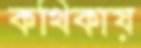
কথিকায়